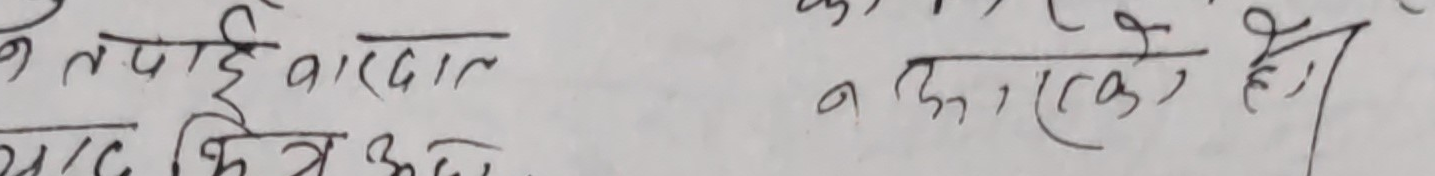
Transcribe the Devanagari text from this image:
तर तपाईं वारदात
याद किन आएन ?